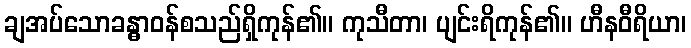
ချအပ်သောခန္ဓာဝန်စသည်ရှိကုန်၏။ ကုသီတာ၊ ပျင်းရိကုန်၏။ ဟီနဝီရိယာ၊